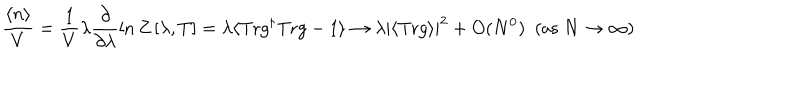
\frac { \langle n \rangle } { V } = \frac { 1 } { V } \lambda \frac { \partial } { \partial \lambda } \ln Z \left[ \lambda , T \right] = \lambda \langle \mathrm { T r } g ^ { \dagger } \mathrm { T r } g - 1 \rangle \rightarrow \lambda \left| \left< \mathrm { T r } g \right> \right| ^ { 2 } + O ( N ^ { 0 } ) ~ ~ ( \mathrm { a s } ~ N \rightarrow \infty )